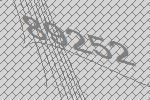
89252